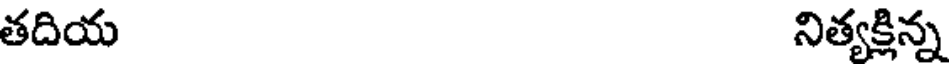
తదియ నిత్యక్తిన్న